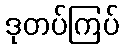
ဒုတပ်ကြပ်